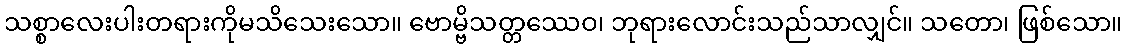
သစ္စာလေးပါးတရားကိုမသိသေးသော။ ဗောမ္ဗိသတ္တဿေဝ၊ ဘုရားလောင်းသည်သာလျှင်။ သတော၊ ဖြစ်သော။